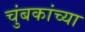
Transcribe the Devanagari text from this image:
चुंबकांच्या